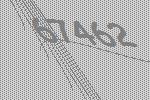
67462